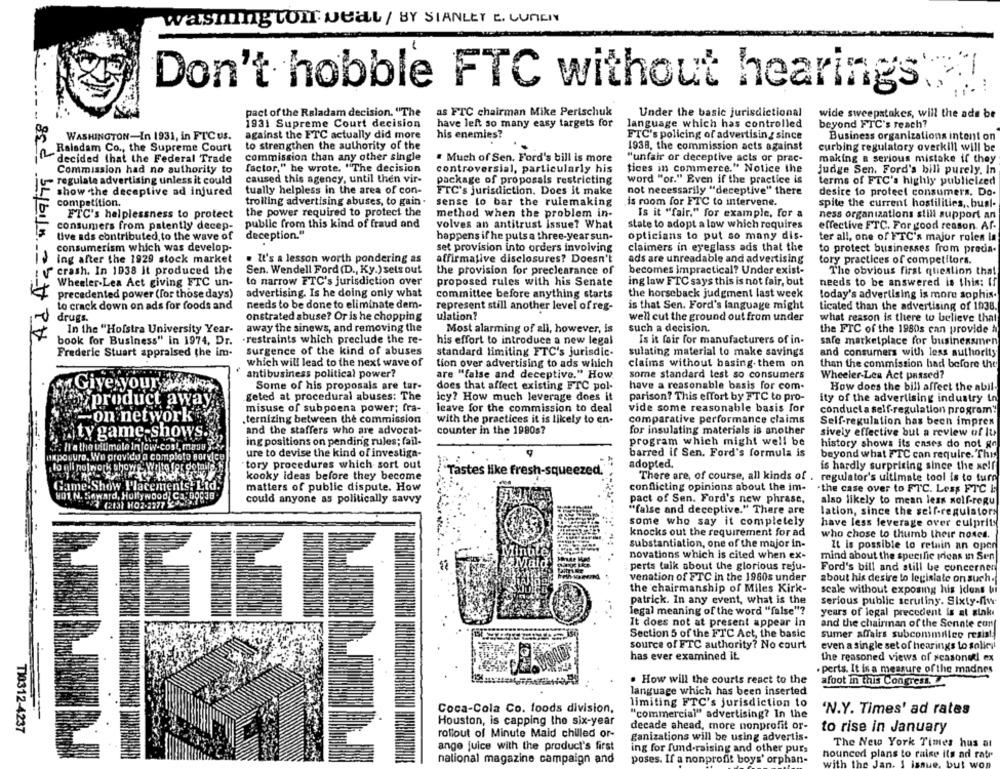
washington weil / BY SIANLET E. CUNEIN
Don't hobble FTC without hearings
...
pact of the Raladam decision. "The
as FTC chairman Mike Perischuk
Under the basic jurisdictional
wide sweepstakes, will the ads be
1931 Supreme Court decision
have left so many easy targets for
language which has controlled
beyond FTC's reach?
WASHINGTON-In 1931, in FTC us.
against the FTC actually did more
his enemies?
FTC's policing of advertising since
Business organizations intent on
to strengthen the authority of the
1938, the commission acts against
curbing regulatory overkill will be
Raladam Co ., the Supreme Court
decided that the Federal Trade
commission than any other single
. Much of Sen. Ford's bill is more
"unfair or deceptive acts or prac-
making a serious mistake if they
Commission had no authority to
factor," he wrote, "The decision
controversial, particularly his
tices in commerce." Notice the
judge Sen. Ford's bill purely. In
regulate advertising unless it could
caused this agency, until then vir-
package of proposals restricting
word "or." Even if the practice is
terms of FTC's highly publicized
show the deceptive ad injured
tually helpless in the area of con-
FTC's jurisdiction. Does it make
not necessarily "deceptive" there
desire to protect consumers. Do.
trolling advertising abuses, to gain .
competition.
sense to bar the rulemaking
is room for FTC to intervene.
spite the current hostilities ,. busl-
FTC's helplessness to protect
the power required to protect the
method when the problem in-
Is it "fair." for example, for a
ness organizations still support an
public from this kind of fraud and
volves an antitrust issue? What
state to adopt a low which requires
consumers from patently decep-
effective FTC. For good reason Af-
live ads contributed, to the wave of
deception."
happens if he puts a three-year sun-
opticians to put so many dis-
ter all, one of FTC's major rolen in
consumerism which was develop-
set provision into orders invoiving
claimers in eyeglass ads that the
to protect businesses from precia-
ing after the 1929 stock market
. It's a lesson worth pondering as
affirmative disclosures? Doesn't
ads are unreadable and advertising
tory practices of competitors.
Sen. Wendell Ford (D ., Ky.) sets out
becomes impractical? Under exist-
crash. In 1938 It produced the
the provision for preclearance of
The obvious first question tha!
Wheeler-Lea Act giving FTC un-
to narrow FTC's jurisdiction over
proposed rules with his Senate
ing law FTC says this is not fair, but
needs to be answered is this: If
advertising. Is he doing only what
the horseback judgment last week
precedented power (for those days)
committee before anything starts
today's advertising is more sophis.
to crack down on ads for foods and
needs to be done to eliminate dem-
represent still another level of reg-
is that Sen. Ford's language might
ticated than the advertising of 1938.
ulation?
drugs.
onstrated abuse? Or is he chopping
well cut the ground out from under
what reason is there to believe that
In the "Hofstra University Year-
away the sinews, and removing the
Most alarming of ali, however, is
such a decision.
the FTC of the 1980s can provide h
sed bybila 22H PH
book for Business" in 1974, Dr.
.restraints which preclude the re-
his effort to introduce a new legal
Is it fair for manufacturers of in-
safe marketplace for businessmen
Frederic Stuart appraised the im-
surgence of the kind of abuses
standard limiting FTC's jurisdic-
sulating material to make savings
and consumers with less authority
which will lead to the next wave of
tion over advertising to ads which
claims without basing them on
than the commission had before the
antibusiness political power?
are "false and deceptive." How.
some standard test so consumers
Wheeler-Lea Act passed?
.
Giye your
Some of his proposals are tar-
does that affect existing FTC pol-
have a reasonable basis for com-
How does the bill affect the abil-
geted at procedural abuses: The
icy? How much leverage does it
parison? This effort by FTC to pro-
ity of the advertising industry in
product away
misuse of subpoena power; fra-
leave for the commission to deal
vide some reasonable basis for
-on network
conducta self-regulation program"
.ternizing between the commission
with the practices it is likely to en-
comparative performance claims
Self-regulation has been impres
and the staffers who are advocat-
counter in the 1980s?
for insulating materials is another
hity game-shows
sively effective but a review of It
&F: Il a the willmale in low-cost, maus }}
ing positions on pending rules; fail-
program which might well be
history shows its cases do not go
ure to devise the kind of investiga-
barred if Sen. Ford's formula is
beyond what FTC can require. This
exposure. We pravidu a completo survice
to eli notwork ahowe- write fer gotalle
tory procedures which sort out
adopted.
is hardly surprising since the self
kooky ideas before they become
Tastes like fresh-squeezed.
There are, of course, all kinds of . regulator's ultimate tool is to turn
Game.She
2.Show Placements. Ltd.
matters of public dispute. How
conflicting opinions about the im-
"the case over to FTC. Less FTC i:
801, N. Seward, Hollywood] Ca.DOC38
could anyone as politically savvy
pact of Sen. Ford's new phrase,
also likely to mean less self-regu
"false and deceptive." There are
lation, since the self-regulators
some who say it completely
have less leverage over culprity
knocks out the requirement for ad
who chose to thumb their noses.
substantiation, one of the major in-
It is possible to retain an open
novations which is cited when ex-
mind about the specific prieas in Sen
AMald'
perts taik about the glorious reju-
Ford's bill and still be concernen
venation of FTC in the 1960s under
about his desire to legislate on such .
the chairmanship of Miles Kirk-
scale without exposing his icons bi
patrick. In any event, what is the
serious public scrutiny. Sixty-fw
.-
legal meaning of the word "false"?
years of legal precedent is at sink
It does not at present appear in
and the chairman of the Senate cont
Section 5 of the FTC Act, the basic
sumer affairs subconsmillee resist
source of FTC authority? No court
even a single set of hearings lo solicvi
has ever examined it.
the reasoned views of seasonet! ex
perts. It is a measure of the madnes
. How will the courts react to the
afoot in this Congress.
language which has been inserted
limiting FTC's jurisdiction to
Coca-Cola Co. foods division,
"commercial" advertising? In the
'N.Y. Times' ad rates
Houston, is capping the six-year
T10312-4237
decade ahead, more nonprofit or-
to rise in January
rollout of Minute Maid chilled or-
ganizations will be using advertis.
ange juice with the product's first
The New York Times hus at
ing for fund-raising and other purs
nounced plans to raise its ad ratr
national magazine campaign and
poses. If a nonprofit boys' orphan-
. but won
ith the Jar